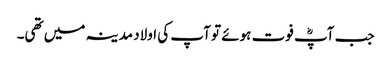
جب آپؓ فوت ہوئے تو آپ کی اولاد مدینہ میں تھی۔